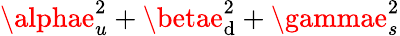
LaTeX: \alphae_{u}^{2}+\betae_{\mathrm{d}}^{2}+\gammae_{s}^{2}